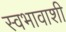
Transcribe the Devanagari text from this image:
स्वभावाशी